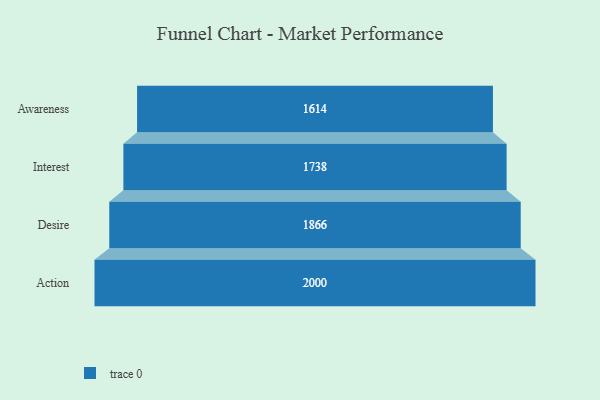
{"axis": {"x": "Stage", "y": "Value"}, "legend": [""], "data": [{"x": "Awareness", "y": 1614.0, "type": ""}, {"x": "Interest", "y": 1738.0, "type": ""}, {"x": "Desire", "y": 1866.0, "type": ""}, {"x": "Action", "y": 2000, "type": ""}]}